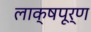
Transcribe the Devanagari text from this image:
लाक्षपूर्ण